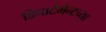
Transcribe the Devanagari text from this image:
डिपार्टमेन्टच्या